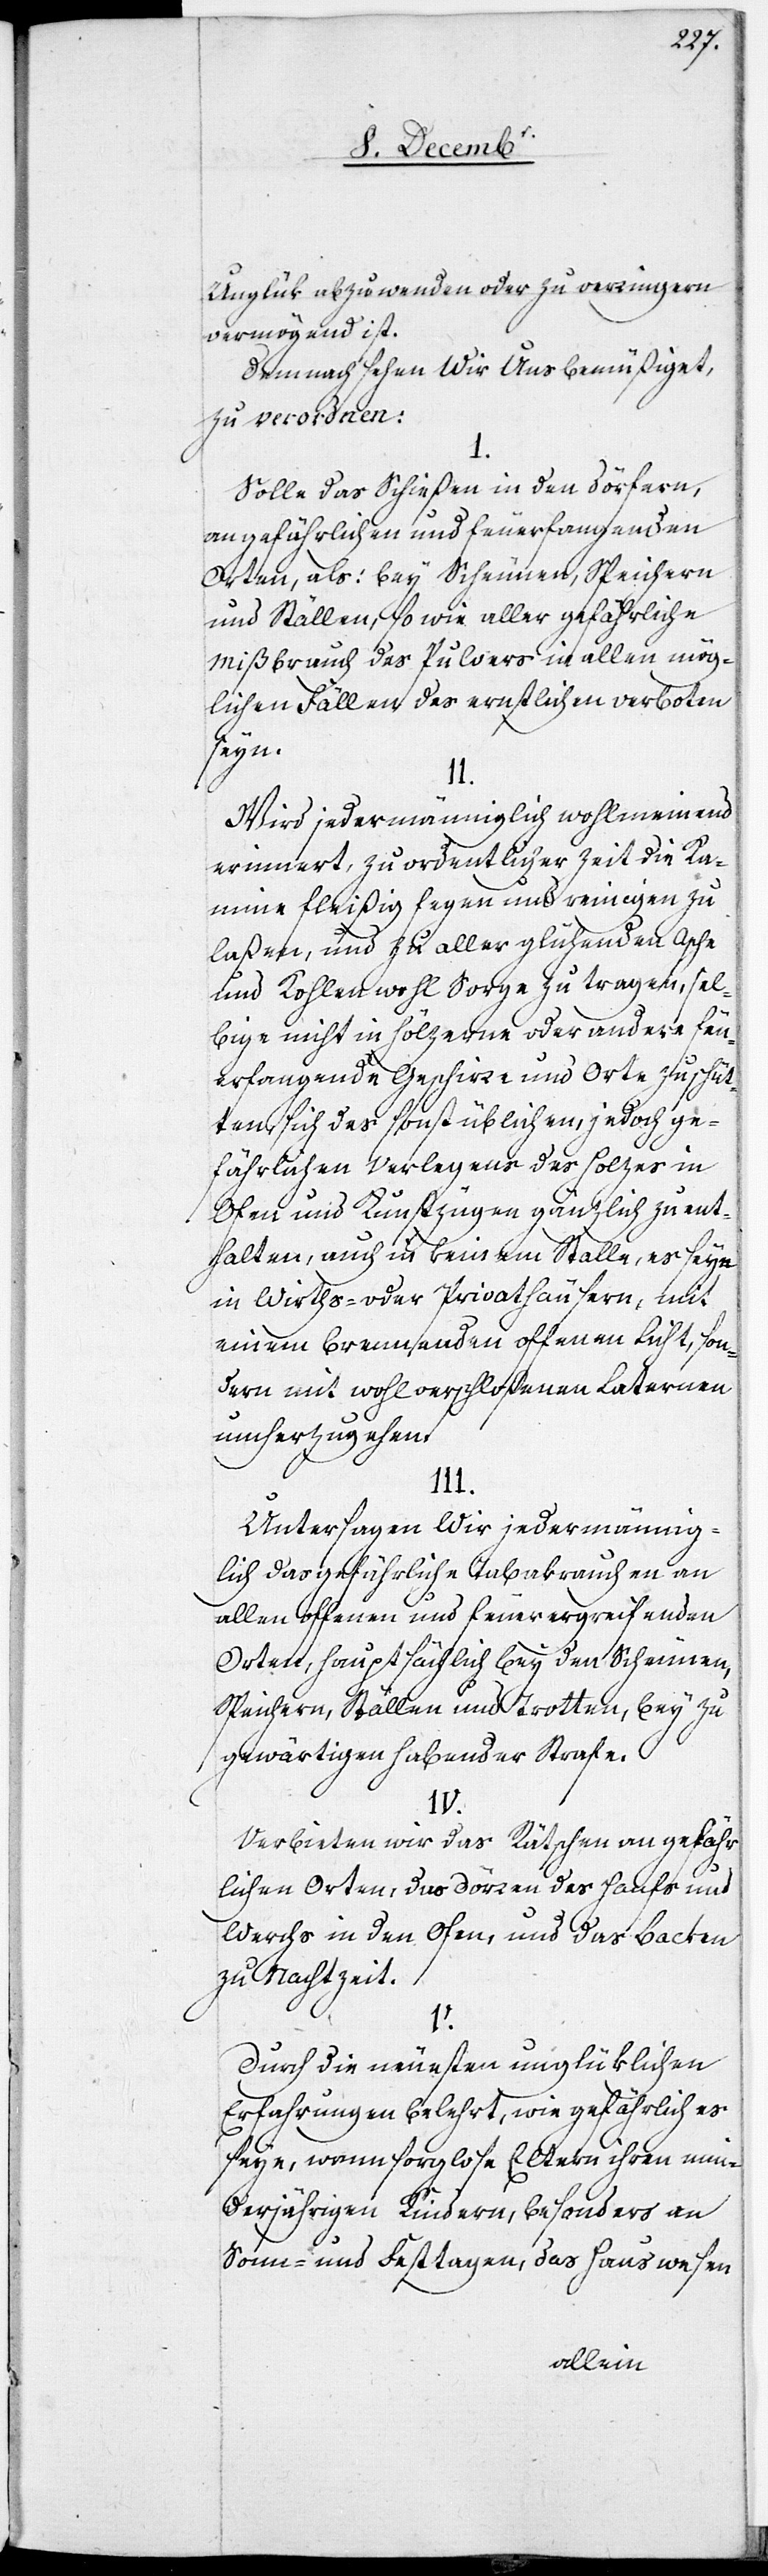
Unglük abzuwenden oder zu verringern
vermögend ist.
Demnach sehen Wir Uns bemüßiget,
zu verordnen:
I.
Solle das Schießen in den Dörfern,
an gefährlichen und feuerfangenden
Orten, als: bey Scheunen, Speichern
und Ställen, so wie aller gefährliche
Mißbrauch des Pulvers in allen mög¬
lichen Fällen des ernstlichen verboten
seyn.
II.
Wird jedermänniglich wohlmeinend
erinnert, zu ordentlicher Zeit die Ka¬
mine fleißig fegen und reinigen zu
laßen, und zu aller glühenden Asche
und Kohlen wohl Sorge zu tragen, sel¬
bige nicht in hölzerne oder andere feu¬
erfangende Geschirre und Orte zu schüt¬
ten, sich des sonst üblichen, jedoch ge¬
fährlichen Verlegens des Holzes in
Ofen und Kunstzügen gänzlich zu ent¬
halten, auch in keinem Stalle, es seye
in Wirths- oder Privathäusern, mit
einem brennenden offenen Licht, son¬
dern mit wohl verschloßenen Laternen
umherzugehen.
Untersagen Wir jedermännig¬
lich das gefährliche Tabakrauchen an
allen offenen und feuerergreifenden
Orten, hauptsächlich bey den Scheunen,
Speichern, Ställen und Trotten, bey zu
gewärtigen habender Strafe.
IV.
Verbieten wir das Rätschen an gefähr¬
lichen Orten, das Dörren des Hanfs und
Werchs in den Ofen, und das Backen
zu Nachtzeit.
V.
Durch die neuesten unglüklichen
Erfahrungen belehrt, wie gefährlich es
seye, wenn sorglose Eltern ihren min¬
derjährigen Kindern, besonders an
Sonn- und Festtagen, das Hauswesen